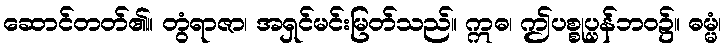
ဆောင်တတ်၏။ တွံရာဇာ၊ အရှင်မင်းမြတ်သည်။ ဣဓ၊ ဤပစ္စုပ္ပန်ဘဝ၌။ ဓမ္မံ၊